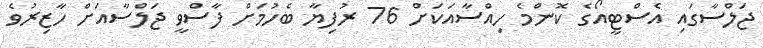
ޖަލްސާގައި އެސްޓީއޯގެ ކޮންމެ ހިއްސާއަކަށް 76 ރުފިޔާ ބެހުމަށް ފާސްވީ ޖަލްސާއަށް ހާޒިރުވެ